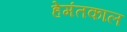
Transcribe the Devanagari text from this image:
हेमंतकाल